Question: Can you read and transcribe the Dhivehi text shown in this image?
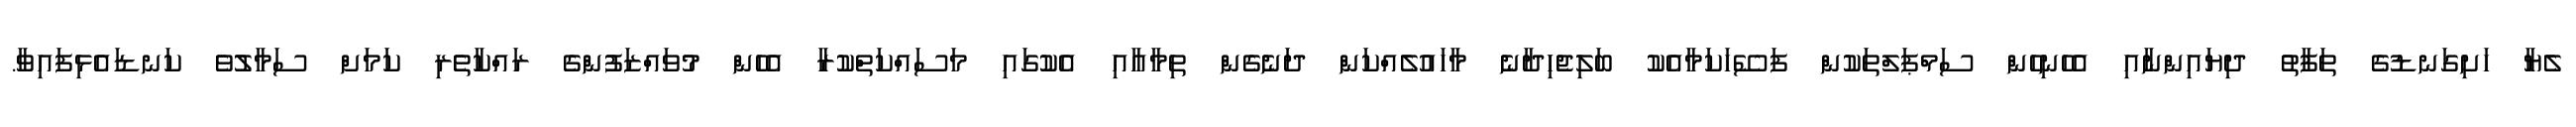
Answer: ލެޔާ ހަށިގަނޑުގެ ތަފާތު ދިޔައިންނާއި އެހެނިހެން ސަމްޕަލްތަކުން ފަސޭހަކަމާއެކު ބަލިޖެހިދާނެ މާހައުލެއްކަން ދަނެގެން ތިމާއާއި އެކުގައި މަސައްކަތްކުރާ އެހެން މުވައްޒަފުންގެ ރައްކާތެރި ކަމަށް ސަމާލުވެ ކަނޑައެޅިފައިވާ.